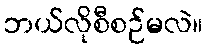
ဘယ်လိုစီစဉ်မလဲ။